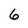
Character: 6